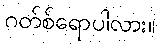
ဂတ်စ်ရောပါလား။